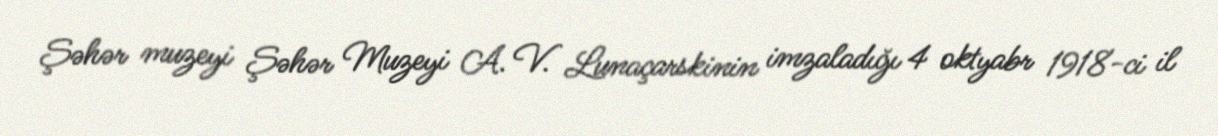
Şəhər muzeyi Şəhər Muzeyi A. V. Lunaçarskinin imzaladığı 4 oktyabr 1918-ci il